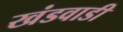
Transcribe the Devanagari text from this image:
खंडवाडी